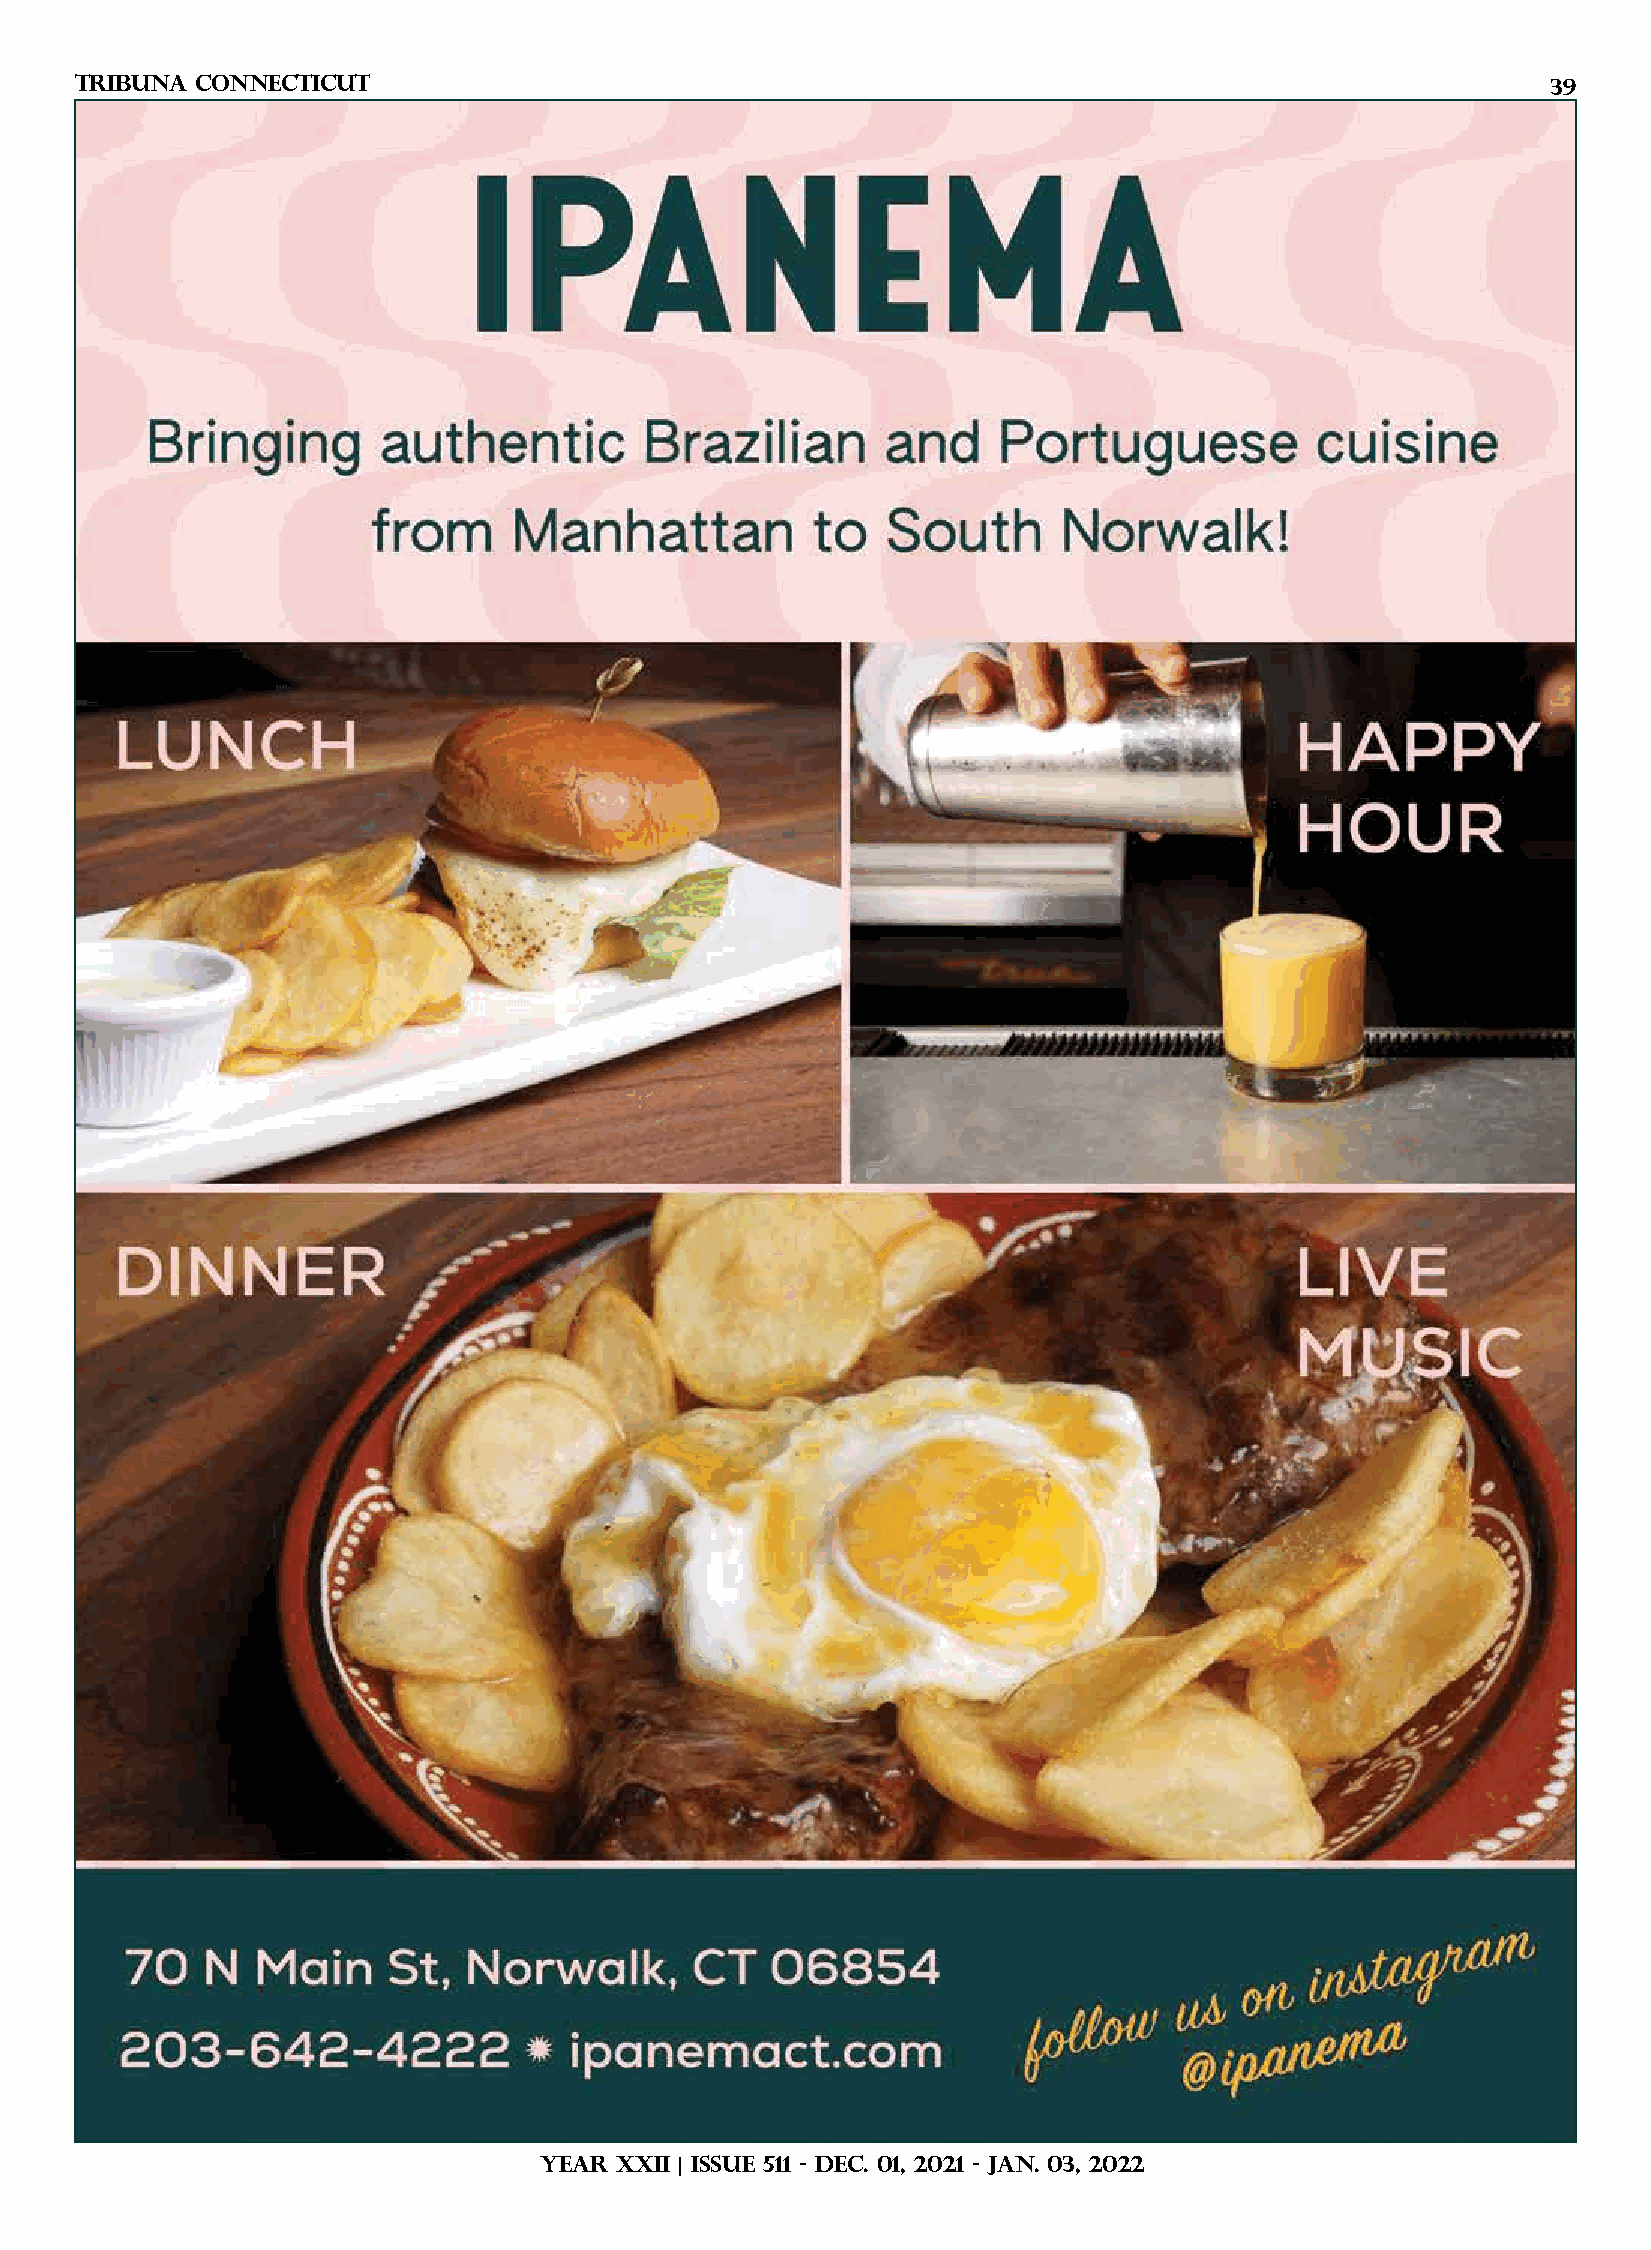
TRIBUNA Connecticut                                                                               39
 YEAR XXII | ISSUE 511 - DEC. 01, 2021 - JAN. 03, 2022